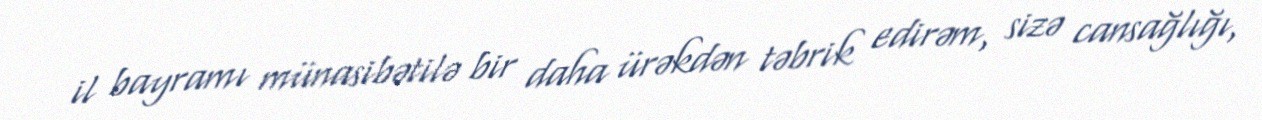
il bayramı münasibətilə bir daha ürəkdən təbrik edirəm, sizə cansağlığı,